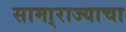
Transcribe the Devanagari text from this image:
सामा्राज्याचा